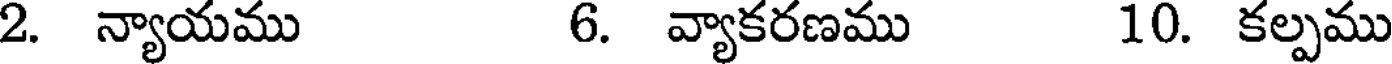
2. న్యాయము 6. వ్యాకరణము 10. కల్పము